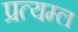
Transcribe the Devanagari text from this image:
प्रत्यम्ल